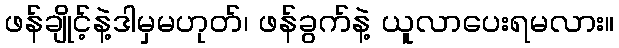
ဖန်ချိုင့်နဲ့ဒါမှမဟုတ်၊ ဖန်ခွက်နဲ့ ယူလာပေးရမလား။